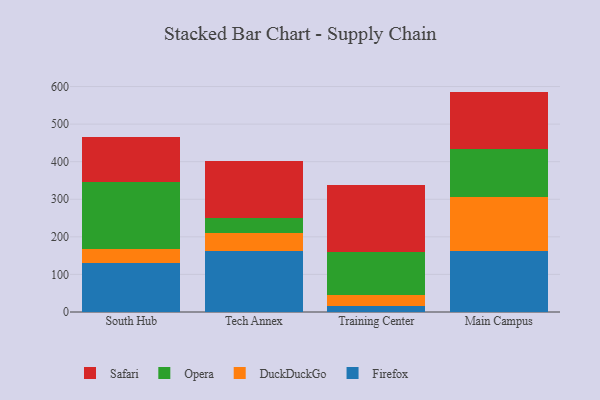
{"axis": {"x": "Campus", "y": "LTV (USD)"}, "legend": ["DuckDuckGo", "Firefox", "Opera", "Safari"], "data": [{"x": "South Hub", "y": 129.9, "type": "Firefox"}, {"x": "South Hub", "y": 38.4, "type": "DuckDuckGo"}, {"x": "South Hub", "y": 178.0, "type": "Opera"}, {"x": "South Hub", "y": 118.5, "type": "Safari"}, {"x": "Tech Annex", "y": 163.1, "type": "Firefox"}, {"x": "Tech Annex", "y": 46.8, "type": "DuckDuckGo"}, {"x": "Tech Annex", "y": 39.4, "type": "Opera"}, {"x": "Tech Annex", "y": 152.7, "type": "Safari"}, {"x": "Training Center", "y": 16.3, "type": "Firefox"}, {"x": "Training Center", "y": 29.6, "type": "DuckDuckGo"}, {"x": "Training Center", "y": 113.8, "type": "Opera"}, {"x": "Training Center", "y": 179.3, "type": "Safari"}, {"x": "Main Campus", "y": 162.5, "type": "Firefox"}, {"x": "Main Campus", "y": 143.9, "type": "DuckDuckGo"}, {"x": "Main Campus", "y": 126.4, "type": "Opera"}, {"x": "Main Campus", "y": 153.7, "type": "Safari"}]}